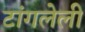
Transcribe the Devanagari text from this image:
टांगलेली